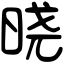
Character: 𣇈